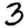
Digit: 3